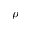
\rho